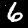
Label: 6